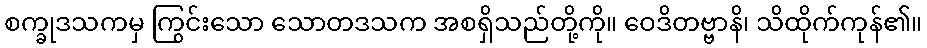
စက္ခုဒသကမှ ကြွင်းသော သောတဒသက အစရှိသည်တို့ကို။ ဝေဒိတဗ္ဗာနိ၊ သိထိုက်ကုန်၏။